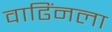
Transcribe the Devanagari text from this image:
वाढिंनला